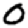
Digit: 0